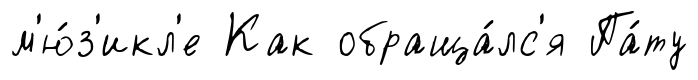
м'ю́з'икл'е Как обраща́лс'я Па́ту